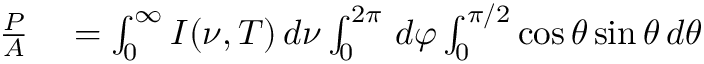
\begin{array} { r l } { { \frac { P } { A } } } & { { } = \int _ { 0 } ^ { \infty } I ( \nu , T ) \, d \nu \int _ { 0 } ^ { 2 \pi } \, d \varphi \int _ { 0 } ^ { \pi / 2 } \cos \theta \sin \theta \, d \theta } \end{array}